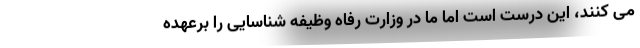
می کنند، این درست است اما ما در وزارت رفاه وظیفه شناسایی را برعهده